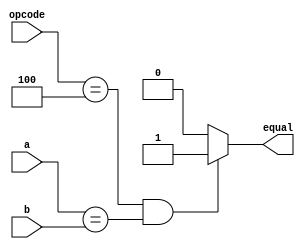
module Branch_Equal( opcode, equal, a, b );

    parameter BEQ = 6'd4;

    input  [5:0] opcode;
    input  [31:0] a, b;
    output equal ;

    assign equal = (opcode == BEQ && a == b) ? 1'b1 : 1'b0;

endmodule